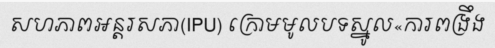
សហភាពអន្តរសភា(IPU) ក្រោមមូលបទស្នូល«ការពង្រឹង